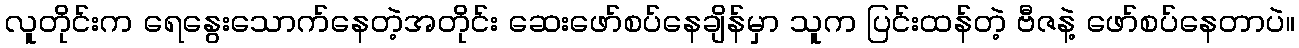
လူတိုင်းက ရေနွေးသောက်နေတဲ့အတိုင်း ဆေးဖော်စပ်နေချိန်မှာ သူက ပြင်းထန်တဲ့ ဗီဇနဲ့ ဖော်စပ်နေတာပဲ။